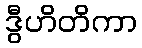
ဒွီဟိတိကာ